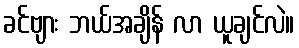
ခင်ဗျား ဘယ်အချိန် လာ ယူချင်လဲ။